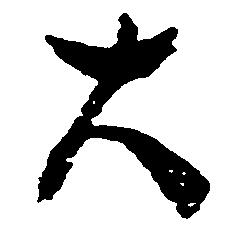
大